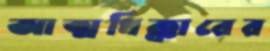
আত্মধিক্কারের